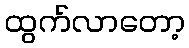
ထွက်လာတော့